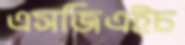
এসজিএইচ